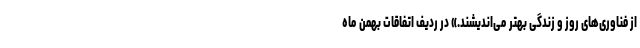
از فناوری‌های روز و زندگی بهتر می‌اندیشند.» در ردیف اتفاقات بهمن ماه